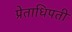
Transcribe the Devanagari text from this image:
प्रेताधिपती